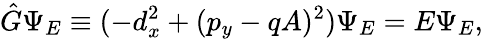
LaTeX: {\hat{G}}\Psi_{E}\equiv(-d_{x}^{2}+(p_{y}-qA)^{2})\Psi_{E}=E\Psi_{E},